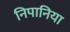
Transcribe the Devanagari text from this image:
निपानिया